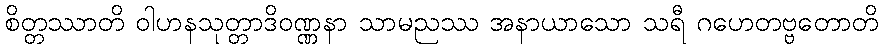
စိတ္တဿာတိ ဝါဟနသုတ္တာဒိဝဏ္ဏနာ သာမညဿ အနာယာသော သရီ ဂဟေတဗ္ဗတောတိ